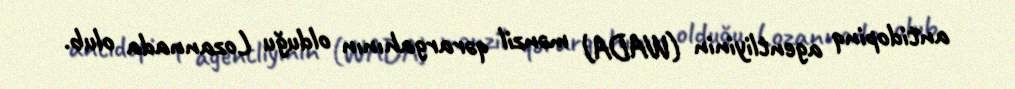
antidopinq agentliyinin (WADA) mənzil qərargahının olduğu Lozannada olub.